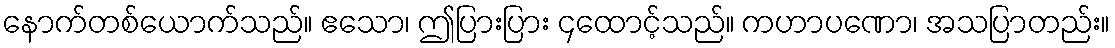
နောက်တစ်ယောက်သည်။ ဧသော၊ ဤပြားပြား ၄ထောင့်သည်။ ကဟာပဏော၊ အသပြာတည်း။